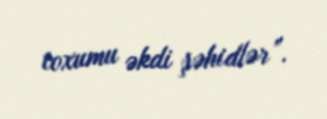
toxumu əkdi şəhidlər”.